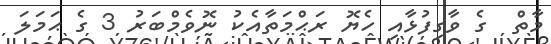
މާތް  ގެ ވާގިފުޅާއި ހެޔޮ ރަޙްމަތާއެކު ނޮވެމްބަރު 3 ގެ ޙަމަލަ